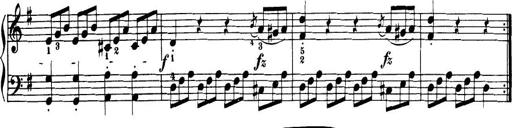
Title: 32 Sonatinas and Rondos for the Piano
Composer: Richard Kleinmichel